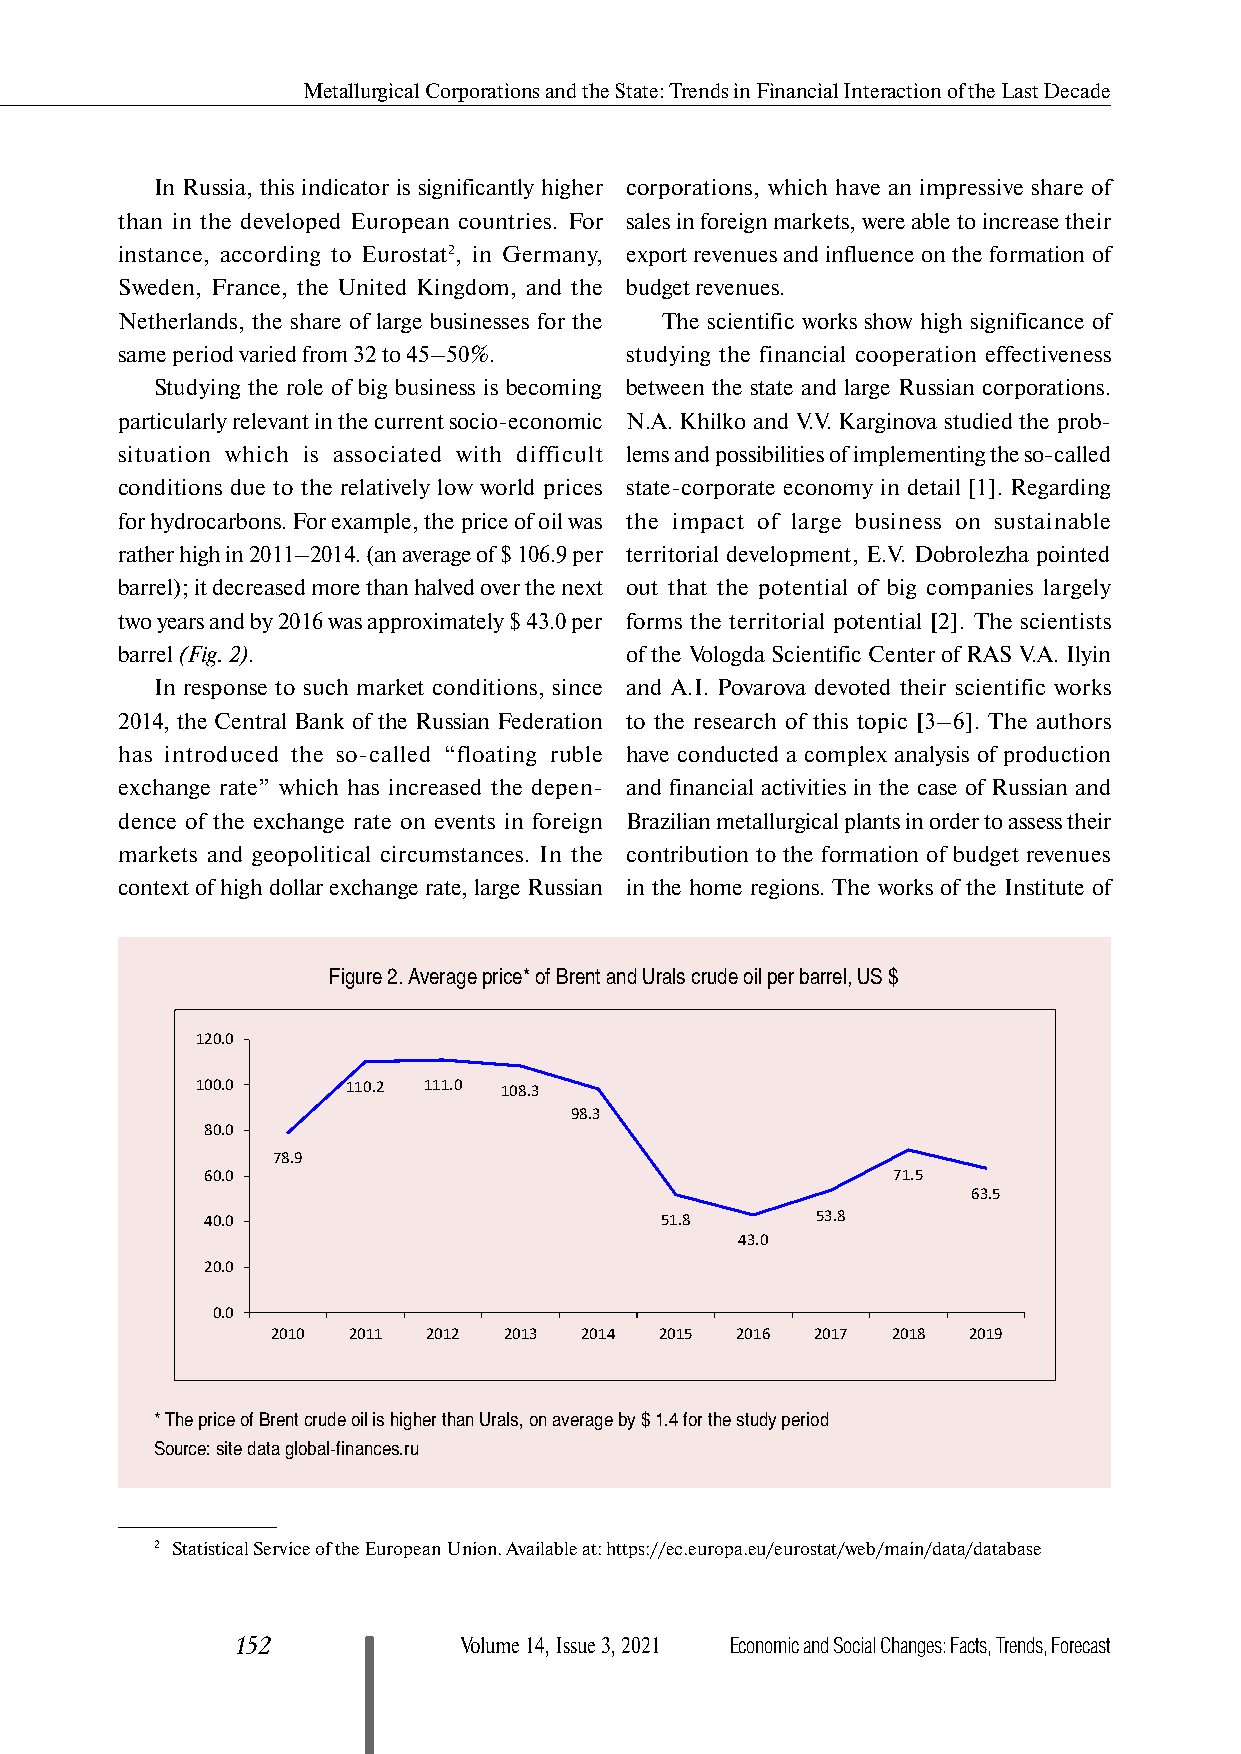
Metallurgical Corporations and the State: Trends in Financial Interaction of the Last Decade
 In Russia, this indicator is significantly higher corporations, which have an impressive share of
 than in the developed European countries. For sales in foreign markets, were able to increase their
 instance, according to Eurostat2, in Germany, export revenues and influence on the formation of
 Sweden, France, the United Kingdom, and the budget revenues.
 Netherlands, the share of large businesses for the The scientific works show high significance of
 same period varied from 32 to 45–50%. studying the financial cooperation effectiveness
 Studying the role of big business is becoming between the state and large Russian corporations.
 particularly relevant in the current socio-economic N.A. Khilko and V.V. Karginova studied the prob-
 situation which is associated with difficult lems and possibilities of implementing the so-called
 conditions due to the relatively low world prices state-corporate economy in detail [1]. Regarding
 for hydrocarbons. For example, the price of oil was the impact of large business on sustainable
 rather high in 2011–2014. (an average of $ 106.9 per territorial development, E.V. Dobrolezha pointed
 barrel); it decreased more than halved over the next out that the potential of big companies largely
 two years and by 2016 was approximately $ 43.0 per forms the territorial potential [2]. The scientists
 barrel (Fig. 2).                 of the Vologda Scientific Center of RAS V.A. Ilyin
 In response to such market conditions, since and A.I. Povarova devoted their scientific works
 2014, the Central Bank of the Russian Federation to the research of this topic [3–6]. The authors
 has introduced the so-called “floating ruble have conducted a complex analysis of production
 exchange rate” which has increased the depen- and financial activities in the case of Russian and
 dence of the exchange rate on events in foreign Brazilian metallurgical plants in order to assess their
 markets and geopolitical circumstances. In the contribution to the formation of budget revenues
 context of high dollar exchange rate, large Russian in the home regions. The works of the Institute of
 Figure 2. Average price* of Brent and Urals crude oil per barrel, US $
 120.0
 100.0     110.2 111.0 108.3
 98.3
 80.0
 78.9
 60.0                                         71.5
 63.5
 40.0                          51.8      53.8
 43.0
 20.0
 0.0
 2010 2011 2012 2013 2014  2015 2016 2017 2018 2019
 * The price of Brent crude oil is higher than Urals, on average by $ 1.4 for the study period
 Source: site data global-finances.ru
 2 Statistical Service of the European Union. Available at: https://ec.europa.eu/eurostat/web/main/data/database
 152           Volume 14, Issue 3, 2021 Economic and Social Changes: Facts, Trends, Forecast